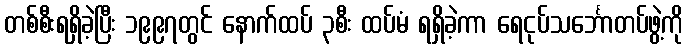
တစ်စီးရရှိခဲ့ပြီး ၁၉၉၇တွင် နောက်ထပ် ၃စီး ထပ်မံ ရရှိခဲ့ကာ ရေငုပ်သင်္ဘောတပ်ဖွဲ့ကို